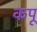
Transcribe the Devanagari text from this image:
कपू